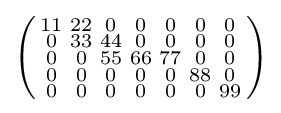
\left({\begin{smallmatrix}11&22&0&0&0&0&0\\0&33&44&0&0&0&0\\0&0&55&66&77&0&0\\0&0&0&0&0&88&0\\0&0&0&0&0&0&99\\\end{smallmatrix}}\right)